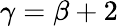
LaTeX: \gamma=\beta+2